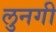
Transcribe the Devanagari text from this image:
लुनगी